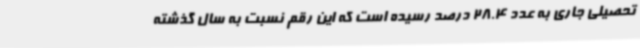
تحصیلی جاری به عدد 28.4 درصد رسیده است که این رقم نسبت به سال گذشته